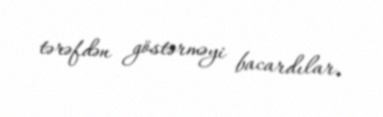
tərəfdən göstərməyi bacardılar.